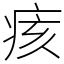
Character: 痎